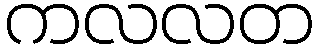
ကလလတ